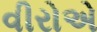
વીરોએ